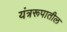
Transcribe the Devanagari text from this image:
यंत्ररूपातील